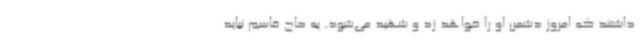
داشتند که امروز دشمن او را خواهد زد و شهید می‌شود. به حاج قاسم نباید